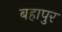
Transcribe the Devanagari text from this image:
बहापुर